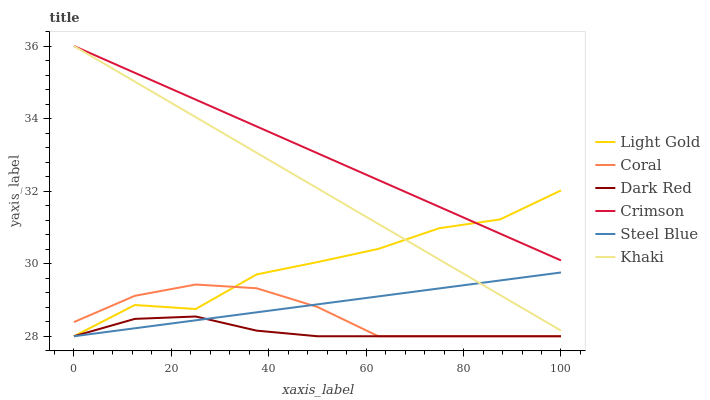
| xaxis_label | Light Gold | Coral | Dark Red | Crimson | Steel Blue | Khaki |
 | --- | --- | --- | --- | --- | --- | --- |
 | 0 | 28 | 28.4 | 28 | 36 | 28 | 36 |
 | 12.5 | 28.9 | 29.1 | 28.5 | 35.3 | 28.2 | 35 |
 | 25 | 28.8 | 29.4 | 28.5 | 34.5 | 28.4 | 34 |
 | 37.5 | 29.7 | 29.3 | 28.2 | 33.8 | 28.7 | 33.1 |
 | 50 | 30 | 28.8 | 28 | 33 | 28.9 | 32.1 |
 | 62.5 | 30.4 | 28 | 28 | 32.3 | 29.1 | 31.1 |
 | 75 | 31 | 28 | 28 | 31.6 | 29.3 | 30.1 |
 | 87.5 | 31.2 | 28 | 28 | 30.8 | 29.5 | 29.1 |
 | 100 | 32 | 28 | 28 | 30.1 | 29.8 | 28.2 |